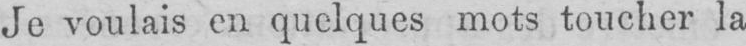
Je voulais en quelques mots toucher la